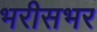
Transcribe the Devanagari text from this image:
भरीसभर